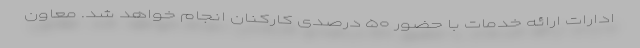
ادارات ارائه خدمات با حضور ۵۰ درصدی کارکنان انجام خواهد شد. معاون